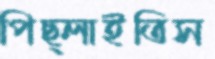
পিছ্‌লাইতিস